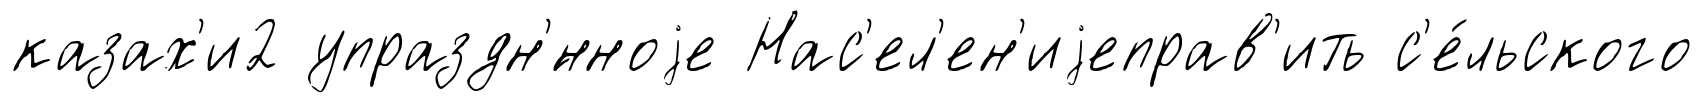
казах'и2 упраздн'́нноjе Нас'ел'ен'иjеправ'ить с'е́льского